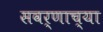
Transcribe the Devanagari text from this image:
सवर्णाच्या